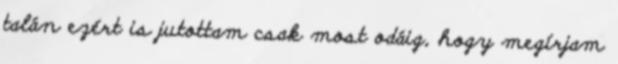
talán ezért is jutottam csak most odáig, hogy megírjam